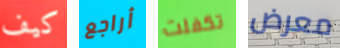
كيف أراجع تكفلت معرض